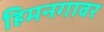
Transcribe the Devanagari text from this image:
हिमनगावर